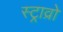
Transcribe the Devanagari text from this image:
स्ट्राव्रो